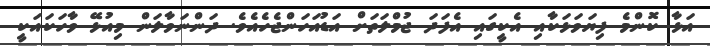
އަޅާ ކޮންމެ ފިޔަވަޅަކާއި އެކީގައި އެފަދަ ޖުމްލަތަށް އަޑުއަހަންޖެހެއެވެ. ދަންނަވާލަން މިއުޅޭ ވާހަކައަކީ